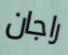
راجان